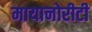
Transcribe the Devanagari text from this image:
मायानोरीटी